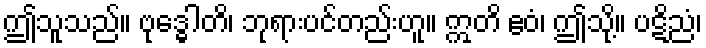
ဤသူသည်။ ဗုဒ္ဓေါတိ၊ ဘုရားပင်တည်းဟူ။ ဣတိ ဧဝံ၊ ဤသို့။ ပဋိညံ၊